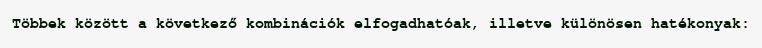
Többek között a következő kombinációk elfogadhatóak, illetve különösen hatékonyak: